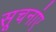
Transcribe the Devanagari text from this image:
सूचनांए